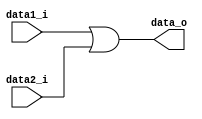
module OR (data1_i, data2_i, data_o);
	input 	data1_i, data2_i;
	output	data_o;
	
	wire	data_o;

	assign data_o = data1_i | data2_i;

endmodule